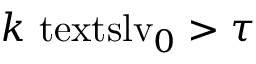
k \ensuremath { \mathrm { \ t e x t s l { v } } _ { 0 } } > \tau